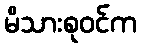
မိသားစုဝင်က